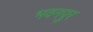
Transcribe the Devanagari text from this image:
भवनपुर